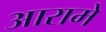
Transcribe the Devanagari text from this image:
आरामे